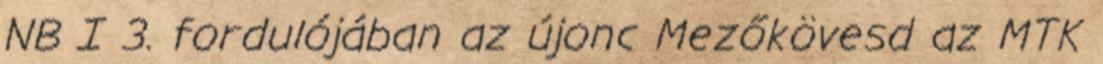
NB I 3. fordulójában az újonc Mezőkövesd az MTK